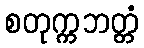
စတုက္ကဘတ္တံ